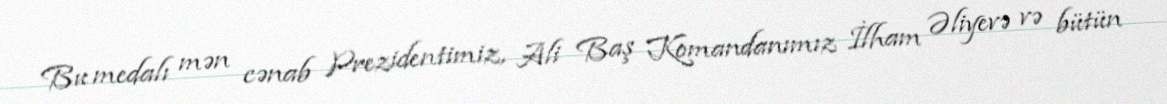
Bu medalı mən cənab Prezidentimiz, Ali Baş Komandanımız İlham Əliyevə və bütün